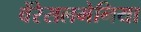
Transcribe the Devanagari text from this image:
वेंरेसलमेनिया